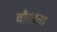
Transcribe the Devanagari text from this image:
चौरास्ता